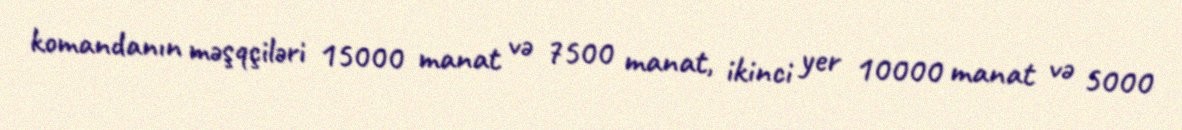
komandanın məşqçiləri 15000 manat və 7500 manat, ikinci yer 10000 manat və 5000